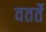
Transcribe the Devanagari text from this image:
वतर्ते